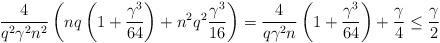
LaTeX: \begin{align*}\frac{4}{q^2\gamma^{2}n^2}\left(nq\left(1+\frac{\gamma^3}{64}\right) + n^2q^2\frac{\gamma^3}{16}\right) = \frac{4}{q\gamma^{2}n}\left(1+\frac{\gamma^3}{64}\right) + \frac{\gamma}{4} \leq \frac{\gamma}{2} \end{align*}